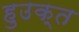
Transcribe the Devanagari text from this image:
हुउक्त